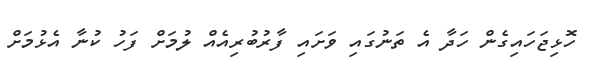
ހޮޅިޖަހައިގެން ހަދާ އެ ތަނުގައި ވަށައި ފާރުބުރިއެއް ލުމަށް ފަހު ކުނާ އެޅުމަށް